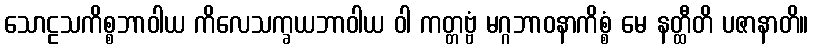
သောဠသကိစ္စဘာဝါယ ကိလေသက္ခယဘာဝါယ ဝါ ကတ္တဗ္ဗံ မဂ္ဂဘာဝနာကိစ္စံ မေ နတ္ထီတိ ပဇာနာတိ။